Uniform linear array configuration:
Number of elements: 12
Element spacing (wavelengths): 1
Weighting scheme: kaiser
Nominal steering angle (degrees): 30
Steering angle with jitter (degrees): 30.552
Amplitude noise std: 0.05
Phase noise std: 0.05

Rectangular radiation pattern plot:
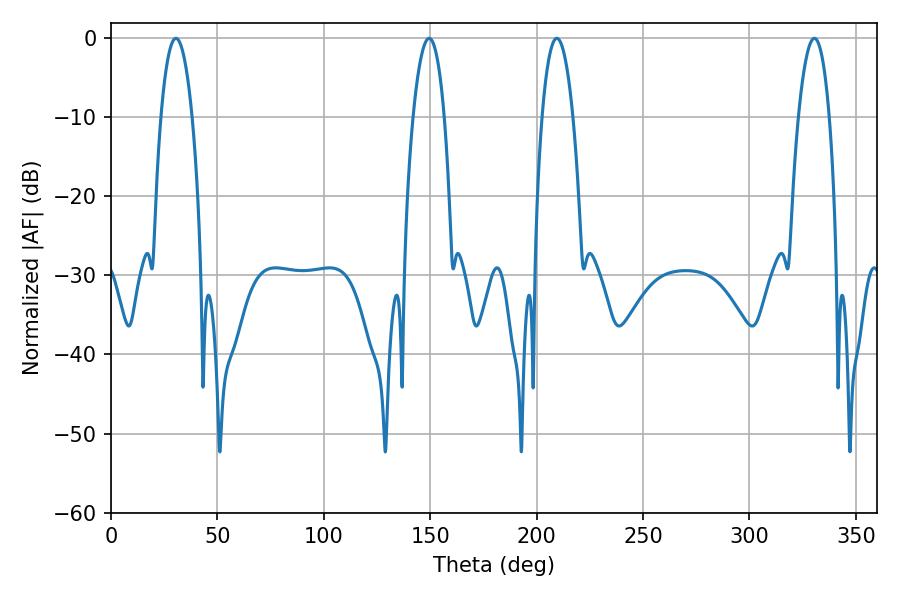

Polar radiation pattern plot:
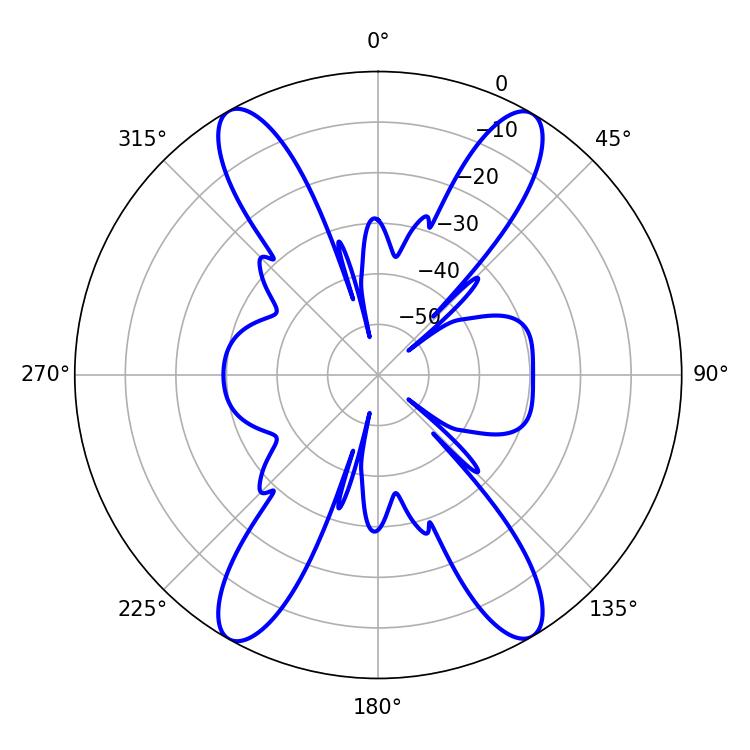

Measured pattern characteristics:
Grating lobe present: TRUE
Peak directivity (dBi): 25.221
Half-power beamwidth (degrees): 8.1
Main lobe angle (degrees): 209.52